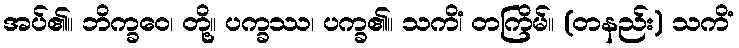
အပ်၏။ ဘိက္ခဝေ၊ တို့။ ပက္ခဿ၊ ပက္ခ၏။ သကိံ၊ တကြိမ်။ (တနည်း) သကိံ